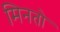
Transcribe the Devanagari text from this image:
मिनतो